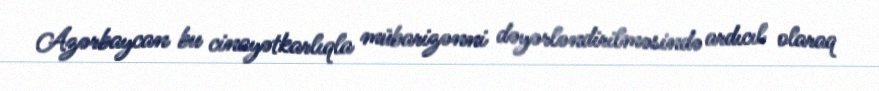
Azərbaycan bu cinayətkarlıqla mübarizənni dəyərləndirilməsində ardıcıl olaraq